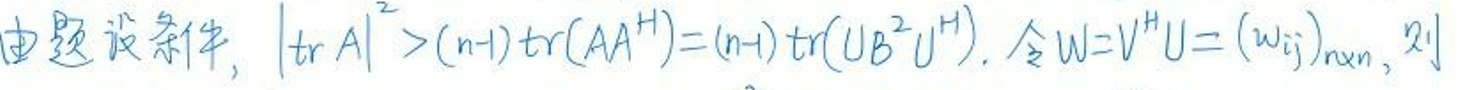
由题设条件，\(\vert tr A\vert^2 > (n-1)tr(AA^H)=(n-1)tr(U^HB^HB U^H)\)，令\(W = V^HU=(w_{ij})_{n\times n}\)，则